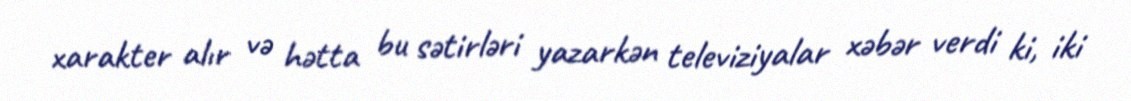
xarakter alır və hətta bu sətirləri yazarkən televiziyalar xəbər verdi ki, iki